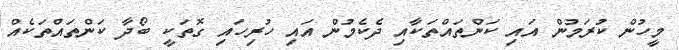
މީހުން ކުރަމުން އައި ކަންތައްތަކާއި ދެކެމުން އައި ހުރިހައި ގޮތަކީ ބޯދާ ކަންތައްތަކެއް